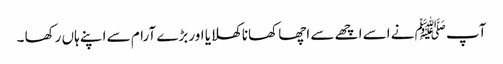
آپ ﷺ نے اسے اچھے سے اچھا کھانا کھلایا اور بڑے آرام سے اپنے ہاں رکھا ۔